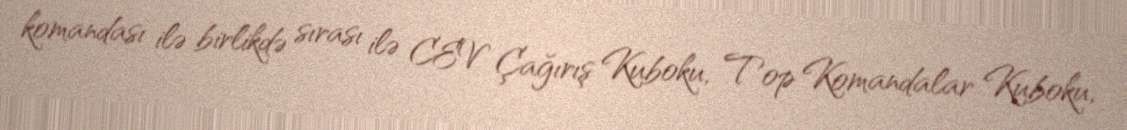
komandası ilə birlikdə sırası ilə CEV Çağırış Kuboku, Top Komandalar Kuboku,